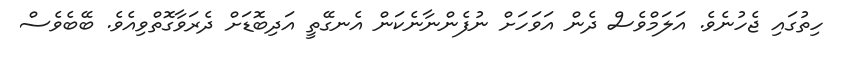
ހިތުގައި ޖެހުނެވެ. އަލަމްވެސް ދެން އަވަހަށް ނުފެންނާނެކަން އެނގޭތީ އަދިބޮޑަށް ދެރަވާގޮތްވިއެވެ. ބޭބެވެސް